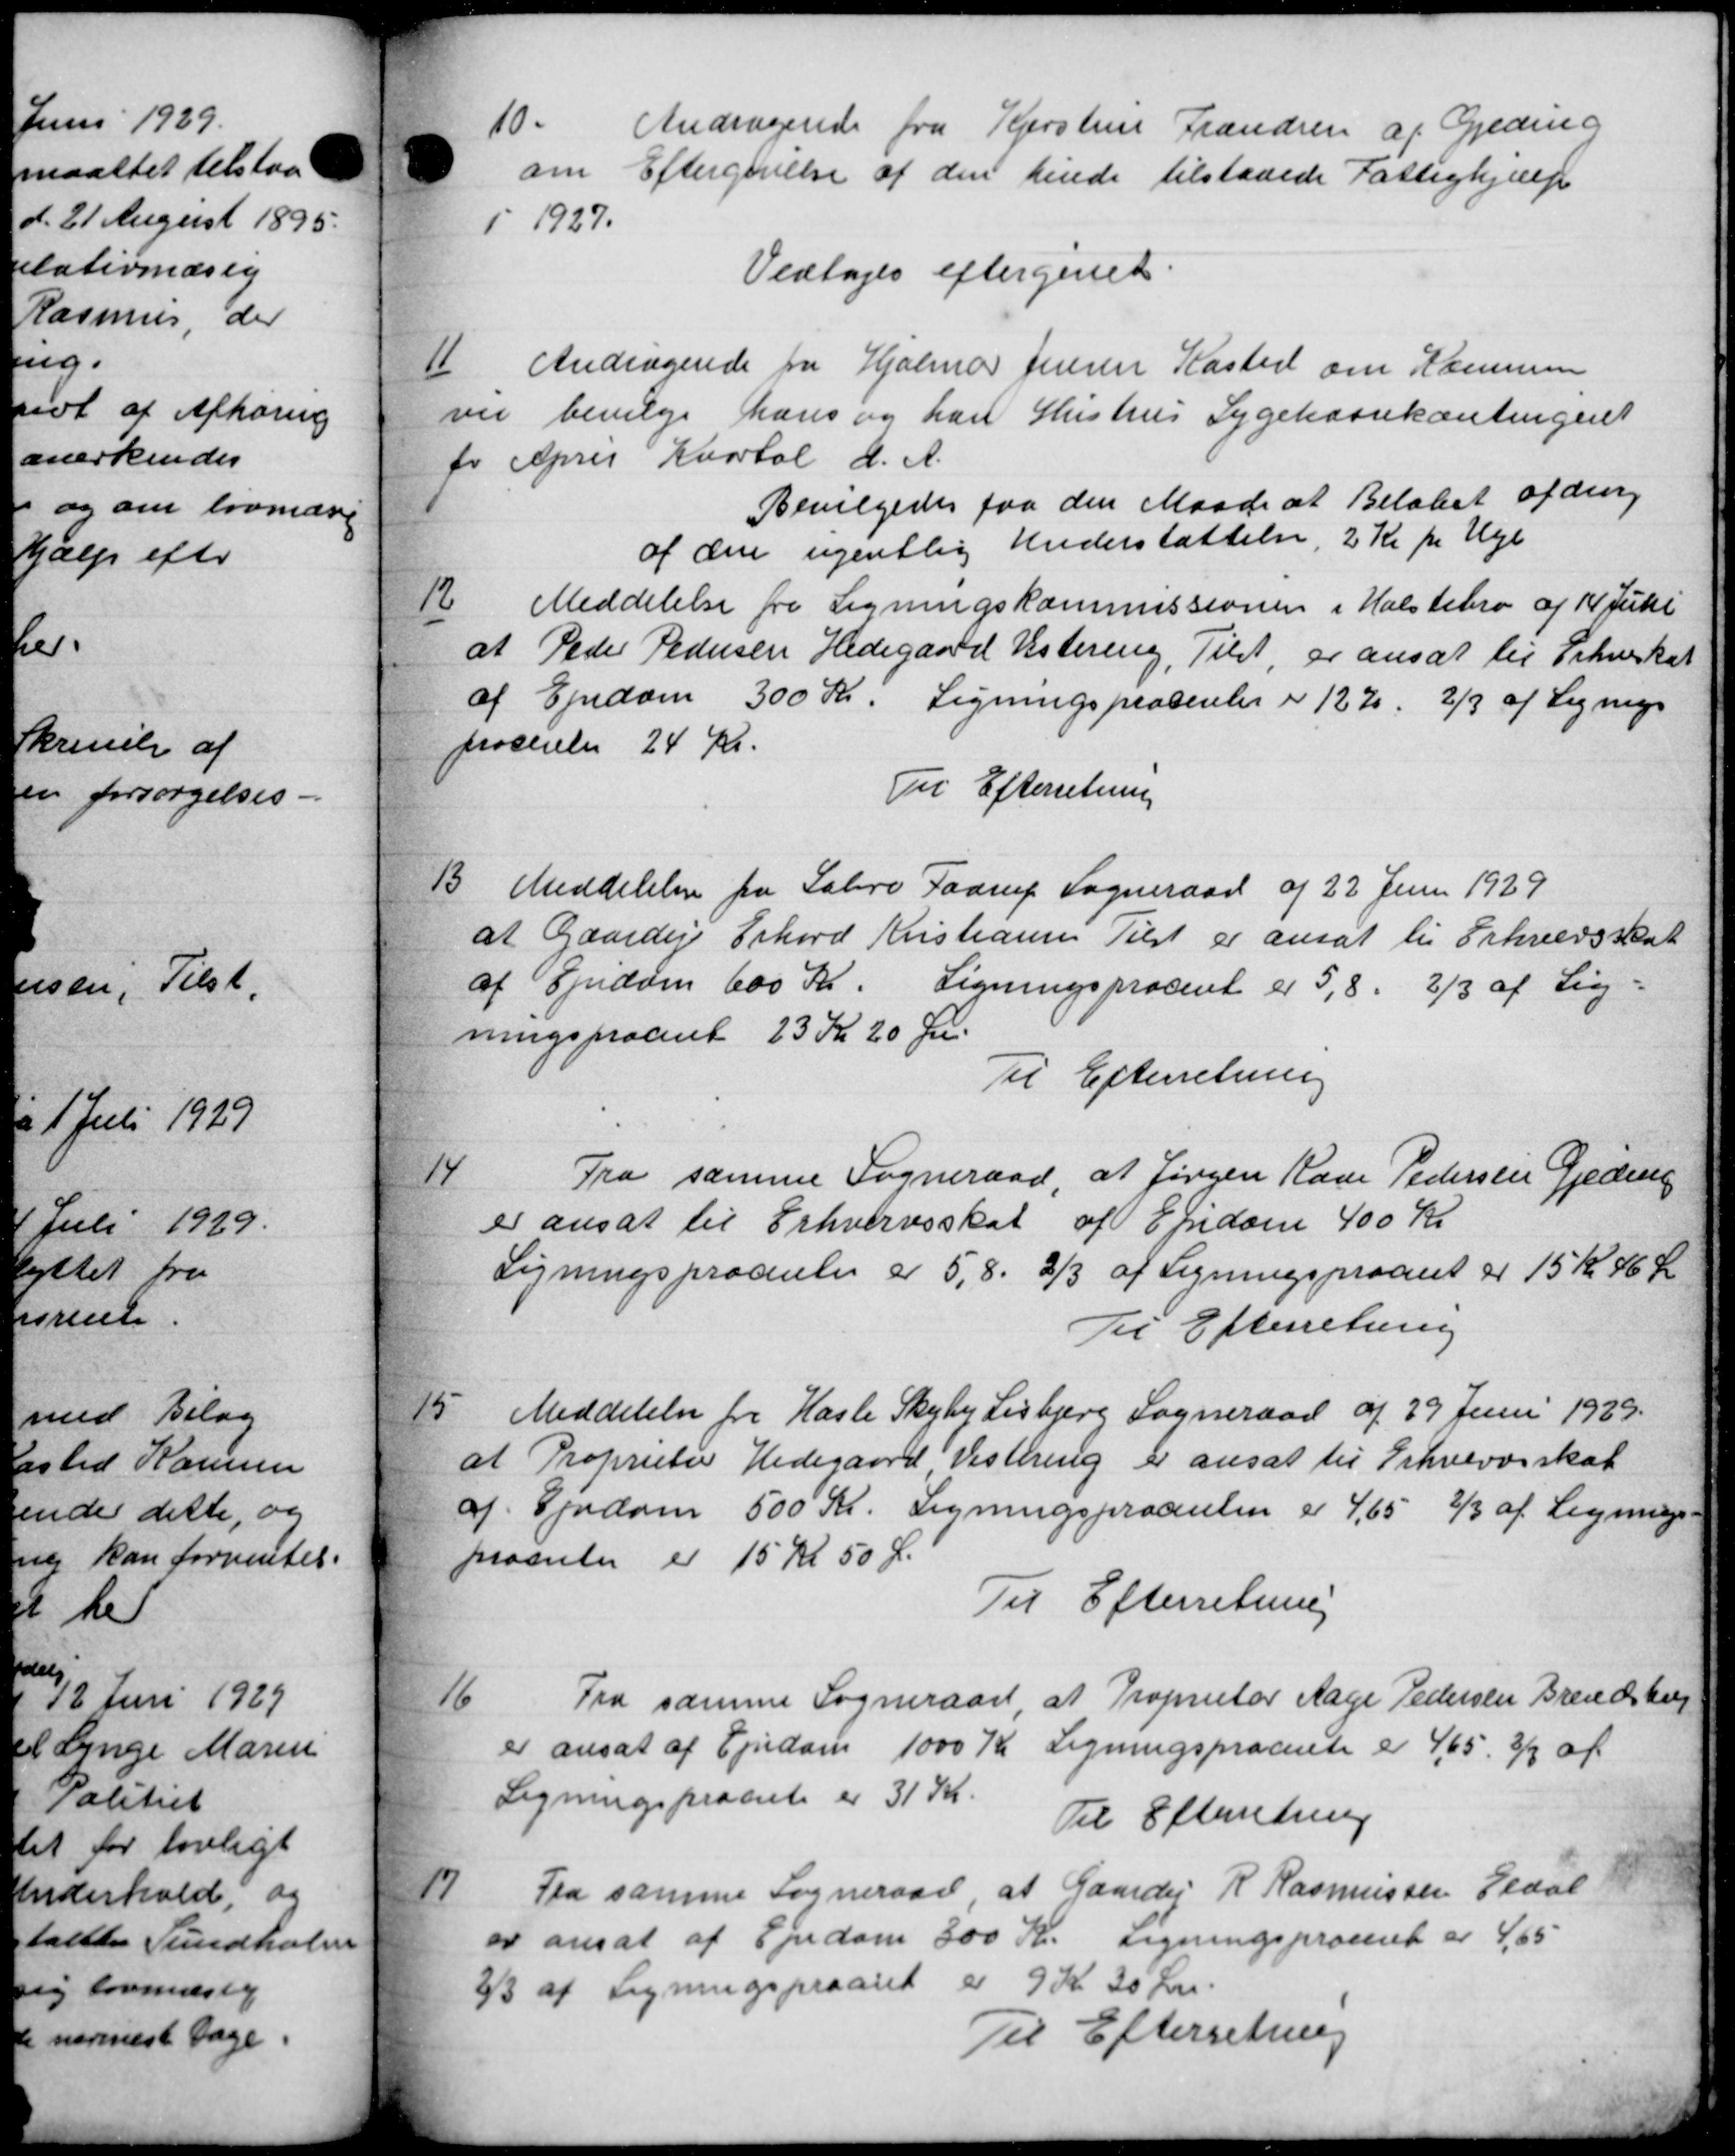
Transskription:
10.
Andragende fra Kjerstine Frandsen af Geding
om Eftergivelse af den hende tilstaaede Fattighjælp
1 1927.
Vedtoges eftergivet
11
Andragende fra Hjalmar Jensen Kasted om Kommune
Der bevilge hans og han Hustrus Sygekassekontingent
 April Kvartal d. A.
Bevilgedes fra den Maade at Beløbet afdrag
af den ugentlig Understøttelse, 2 Kr pr Uge
12
Meddelelse fra Ligningskommissionen i Halstebro af 14 Julii
Peder Pedersen Hedegaard Vestering, Tilst, er ansat til Erhverkat
i Ejendom 300 Kr. Ligningsprocenter i 122, 2/3 af Lignings
nocenten 24 Kr.
Til Efterretning
13
Meddelelse fra Sabro Faarup Sogneraad af 22 Juni 1929
at Gaardeje Erhard Kristiansen Tilst er ansat til Erhvervsskat
af Ejendom 600 Kr. Ligningsprocent er 5,8. 3/3 af Lig-
ningsprocent 23 Kr 20 Øre.
Til Efterretning
14
Fra samme Sogneraad at Jørgen Rase Pedersen Gjeding
er ansat til Erhvervsskat af Ejndom 400 Kr
Ligningsprocenlig er 5,8. 2/3 af Ligningspraaet er 15 Kr. 46 Kr
Til Efterretning
15
Meddelelse fra Hasle Skyby Lisbjerg Sogneraad af 29 Juni 1929.
Proprietær Hedegaard Vestering er ansat til Erhvervsskat
Ejendom 500 Kr. Ligningsprocenten er 4,65 2/3 af Lignings
naanter er 15 Kr 50 Ør
Til Efterretning
16
Fra samme Sogneraad at Proprietær Aage Pedersen Brendsburg
er ansat af Ejendom 1000 Kr Ligningsprocente er 465. 33 af
Ligningsprociet er 31 Kr.
Til Efterretning
17
Fra samme Sogneraad, at Gaardej R Rasmussen Erdal
er ansat af Ejendom 300 Kr. Ligningsproceret er 4,65
2/3 af Ligningspraaret er 9 Kr 30 Øre.
Til Efterretning